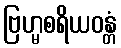
ဗြဟ္မစရိယဝန္တံ